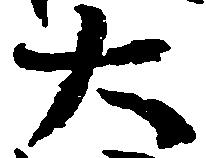
大